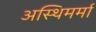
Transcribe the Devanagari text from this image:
अस्थिमर्मा